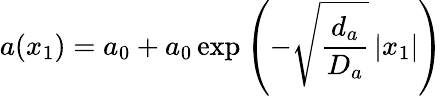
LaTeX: a(x_{1})=a_{0}+a_{0}\exp\left(-\sqrt{\frac{d_{a}}{D_{a}}}\left|x_{1}\right|\right)